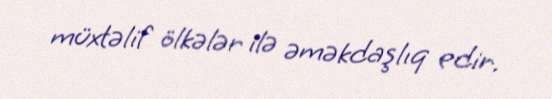
müxtəlif ölkələr ilə əməkdaşlıq edir.